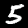
Label: 5